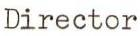
Director